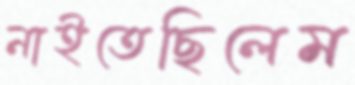
নাইতেছিলেম